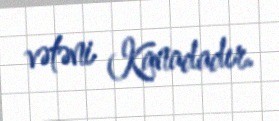
vətəni Kanadadır.